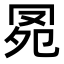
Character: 𦊗